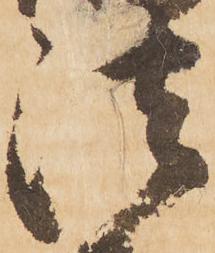
法